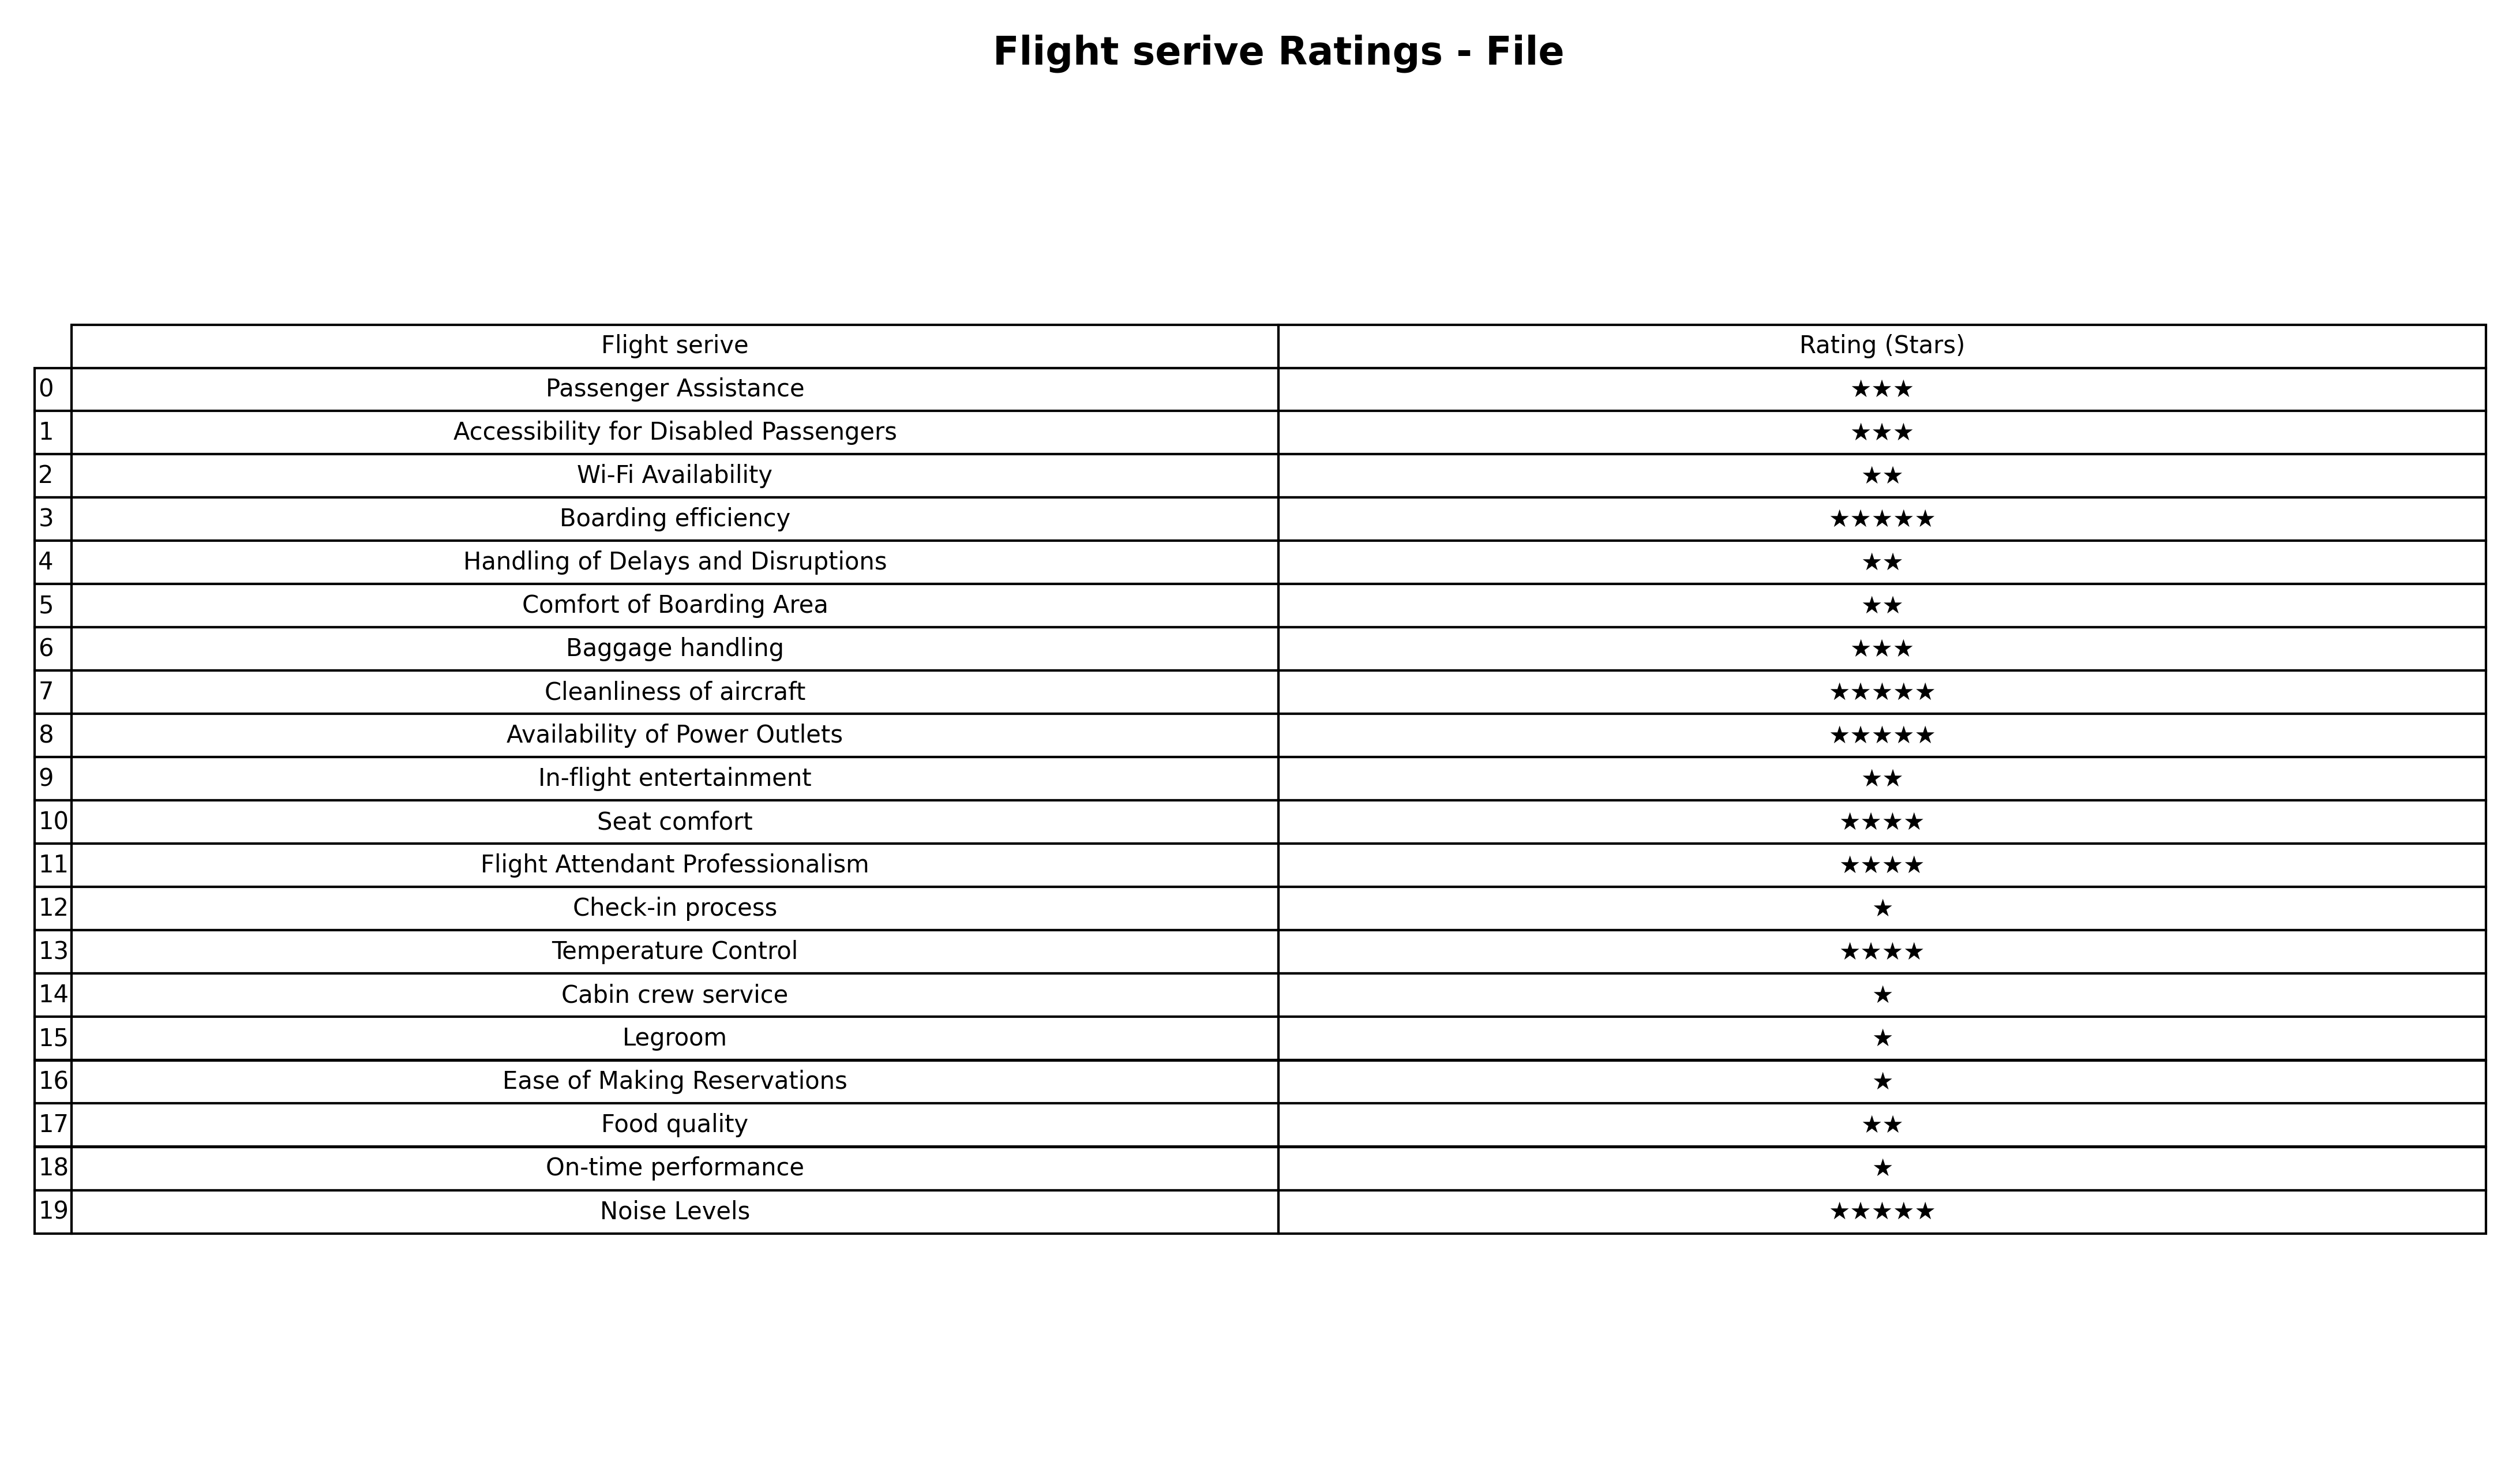
question: What is the rating of Cabin crew service?
answer: ★